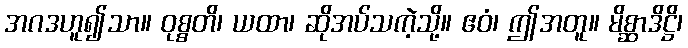
အဂဒဟူ၍သာ။ ဝုစ္စတိ၊ ယထာ၊ ဆိုအပ်သကဲ့သို့။ ဧဝံ၊ ဤအတူ။ မိစ္ဆာဒိဋ္ဌိ၊